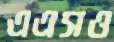
এএসও